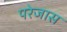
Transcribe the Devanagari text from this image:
परेजास